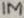
Text: 1M